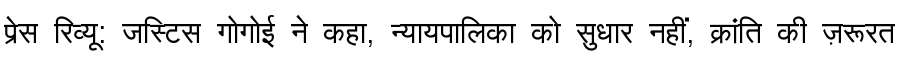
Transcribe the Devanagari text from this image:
प्रेस रिव्यू: जस्टिस गोगोई ने कहा, न्यायपालिका को सुधार नहीं, क्रांति की ज़रूरत